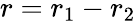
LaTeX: r=r_{1}-r_{2}